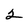
Character: 2